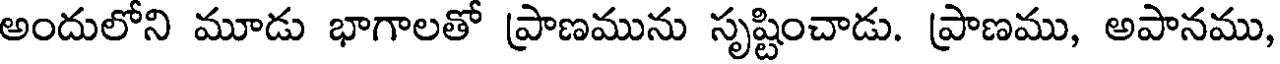
అందులోని మూడు భాగాలతో ప్రాణమును సృష్టించాడు. ప్రాణము, అపానము,